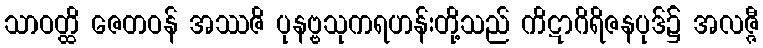
သာဝတ္ထိ ဇေတဝန် အဿဇိ ပုနဗ္ဗသုကရဟန်းတို့သည် ကိဋာဂိရိဇနပုဒ်၌ အလဇ္ဇီ